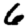
Digit: 6